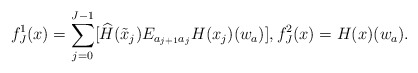
\begin{align*}f^1_J(x)=\sum_{j=0}^{J-1}[\widehat{H}(\tilde{x}_j)E_{a_{j+1}a_j}H(x_j)(w_{a})], f^2_J(x)=H(x)(w_{a}).\end{align*}